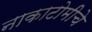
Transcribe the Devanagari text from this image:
नाकाटोमीचे